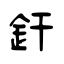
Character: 釬